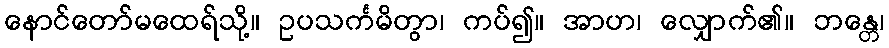
နောင်တော်မထေရ်သို့။ ဥပသင်္ကမိတွာ၊ ကပ်၍။ အာဟ၊ လျှောက်၏။ ဘန္တေ၊